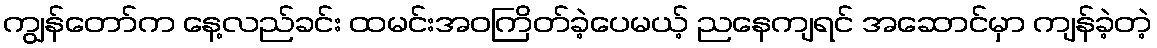
ကျွန်တော်က နေ့လည်ခင်း ထမင်းအဝကြိတ်ခဲ့ပေမယ့် ညနေကျရင် အဆောင်မှာ ကျန်ခဲ့တဲ့